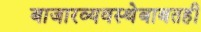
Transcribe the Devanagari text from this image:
बाजारव्यवस्थेबाबतही